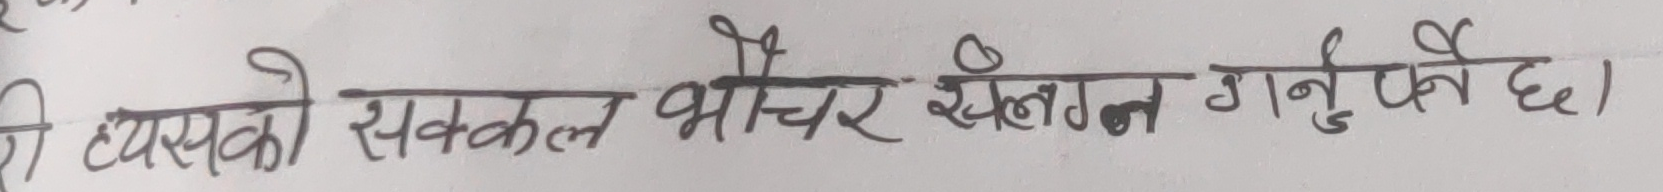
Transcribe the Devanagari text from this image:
टि त्यसको सक्कल भौचर संलग्न गर्नुपर्नेछ।